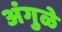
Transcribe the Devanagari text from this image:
अंगुळे